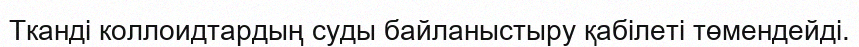
Ткандi коллоидтардың суды байланыстыру қабiлетi төмендейдi.